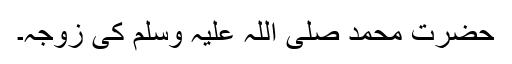
حضرت محمد صلی اللہ علیہ وسلم کی زوجہ۔